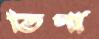
তিপা